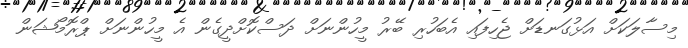
މިސާލަކަށް އަޅުގަނޑަށް ޖެހިފައި އެބަހުރި ބޭރު މީހުންނަށް ދަސްކޮށްދީގެން އެ މީހުންނަށް ޕްރޮމޯޝަން